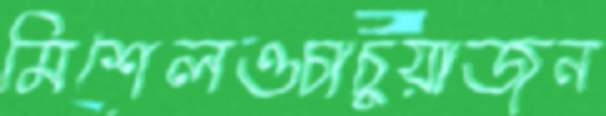
মিশেলওচাচুয়াজন